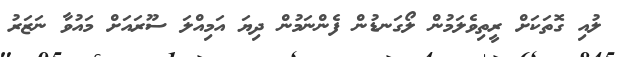
ލުއި ގޮތަކަށް ރީތިވެލަމުން ލޯގަނޑުން ފެންނަމުން ދިޔަ އަމިއްލަ ސޫރައަށް މައުވާ ނަޒަރު